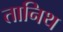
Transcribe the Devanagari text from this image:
तानिथ